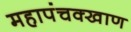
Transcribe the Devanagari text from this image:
महापंचक्खाण